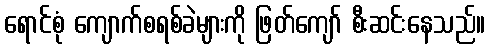
ရောင်စုံ ကျောက်စရစ်ခဲများကို ဖြတ်ကျော် စီးဆင်းနေသည်။